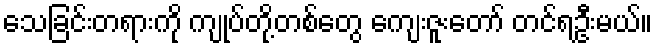
သေခြင်းတရားကို ကျုပ်တို့တစ်တွေ ကျေးဇူးတော် တင်ရဦးမယ်။